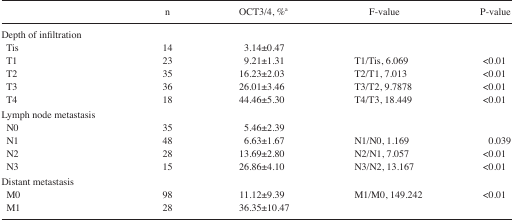
<table><thead><tr><td></td><td><b>n</b></td><td><b>OCT3/4, %a</b></td><td><b>F-value</b></td><td><b>P-value</b></td></tr></thead><tbody><tr><td colspan="5">Depth of infiltration</td></tr><tr><td> Tis</td><td>14</td><td>3.14±0.47</td><td></td><td></td></tr><tr><td> T1</td><td>23</td><td>9.21±1.31</td><td>T1/Tis, 6.069</td><td>&lt;0.01</td></tr><tr><td> T2</td><td>35</td><td>16.23±2.03</td><td>T2/T1, 7.013</td><td>&lt;0.01</td></tr><tr><td> T3</td><td>36</td><td>26.01±3.46</td><td>T3/T2, 9.7878</td><td>&lt;0.01</td></tr><tr><td> T4</td><td>18</td><td>44.46±5.30</td><td>T4/T3, 18.449</td><td>&lt;0.01</td></tr><tr><td colspan="5">Lymph node metastasis</td></tr><tr><td> N0</td><td>35</td><td>5.46±2.39</td><td></td><td></td></tr><tr><td> N1</td><td>48</td><td>6.63±1.67</td><td>N1/N0, 1.169</td><td>0.039</td></tr><tr><td> N2</td><td>28</td><td>13.69±2.80</td><td>N2/N1, 7.057</td><td>&lt;0.01</td></tr><tr><td> N3</td><td>15</td><td>26.86±4.10</td><td>N3/N2, 13.167</td><td>&lt;0.01</td></tr><tr><td colspan="5">Distant metastasis</td></tr><tr><td> M0</td><td>98</td><td>11.12±9.39</td><td>M1/M0, 149.242</td><td>&lt;0.01</td></tr><tr><td> M1</td><td>28</td><td>36.35±10.47</td><td></td><td></td></tr></tbody></table>